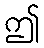
ဤ